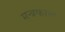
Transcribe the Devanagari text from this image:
मन्त्रकाल